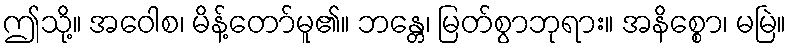
ဤသို့။ အဝေါစ၊ မိန့်တော်မူ၏။ ဘန္တေ၊ မြတ်စွာဘုရား။ အနိစ္စော၊ မမြဲ။